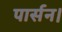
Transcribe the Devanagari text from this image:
पार्सन।